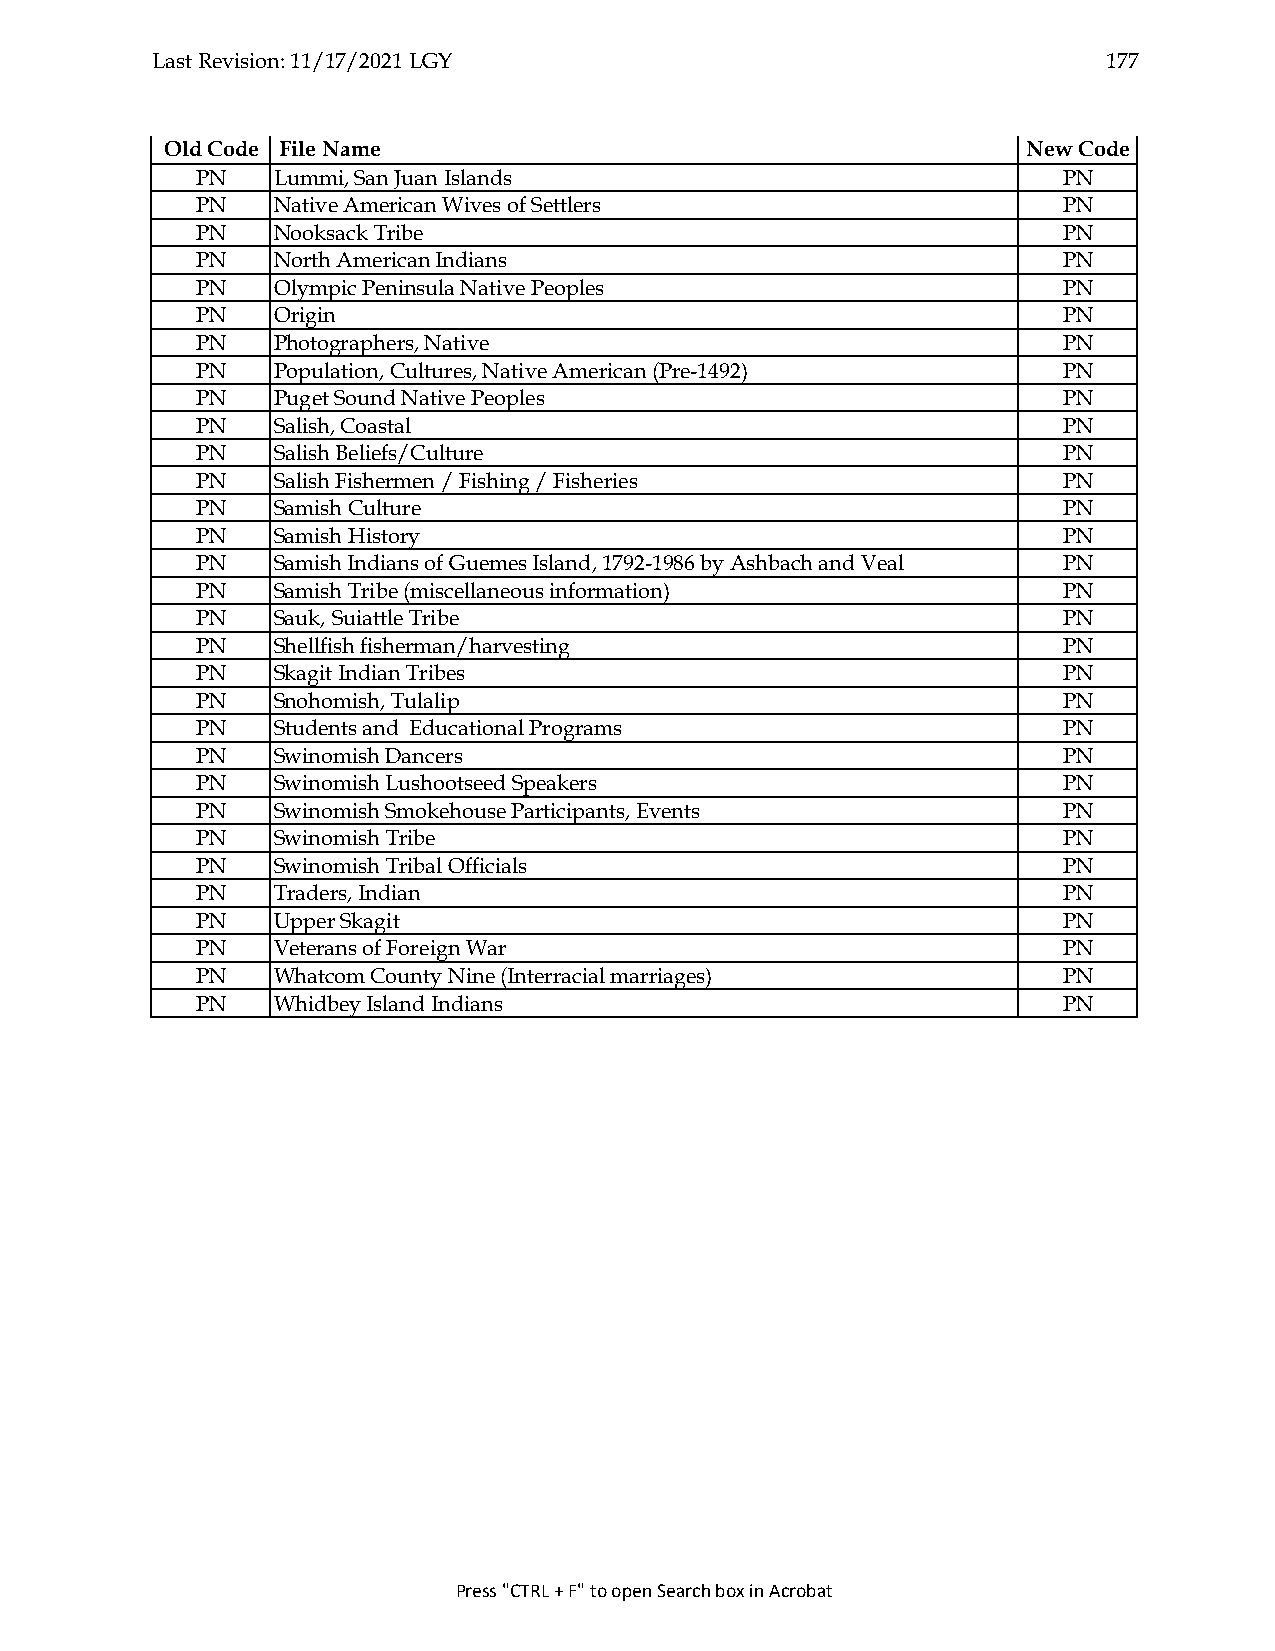
Last Revision: 11/17/2021 LGY                                  177
 Old Code File Name                                       New Code
 PN   Lummi, San Juan Islands                             PN
 PN   Native American Wives of Settlers                   PN
 PN   Nooksack Tribe                                      PN
 PN   North American Indians                              PN
 PN   Olympic Peninsula Native Peoples                    PN
 PN   Origin                                              PN
 PN   Photographers, Native                               PN
 PN   Population, Cultures, Native American (Pre-1492)    PN
 PN   Puget Sound Native Peoples                          PN
 PN   Salish, Coastal                                     PN
 PN   Salish Beliefs/Culture                              PN
 PN   Salish Fishermen / Fishing / Fisheries              PN
 PN   Samish Culture                                      PN
 PN   Samish History                                      PN
 PN   Samish Indians of Guemes Island, 1792-1986 by Ashbach and Veal PN
 PN   Samish Tribe (miscellaneous information)            PN
 PN   Sauk, Suiattle Tribe                                PN
 PN   Shellfish fisherman/harvesting                      PN
 PN   Skagit Indian Tribes                                PN
 PN   Snohomish, Tulalip                                  PN
 PN   Students and Educational Programs                   PN
 PN   Swinomish Dancers                                   PN
 PN   Swinomish Lushootseed Speakers                      PN
 PN   Swinomish Smokehouse Participants, Events           PN
 PN   Swinomish Tribe                                     PN
 PN   Swinomish Tribal Officials                          PN
 PN   Traders, Indian                                     PN
 PN   Upper Skagit                                        PN
 PN   Veterans of Foreign War                             PN
 PN   Whatcom County Nine (Interracial marriages)         PN
 PN   Whidbey Island Indians                              PN
 Press "CTRL + F" to open Search box in Acrobat